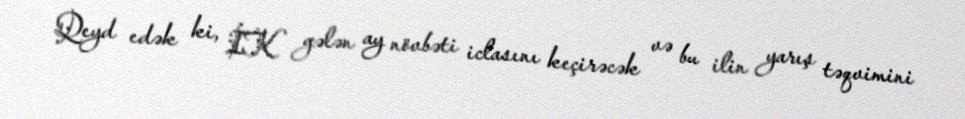
Qeyd edək ki, İK gələn ay növbəti iclasını keçirəcək və bu ilin yarış təqvimini